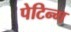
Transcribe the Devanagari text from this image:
पेटिन्ग